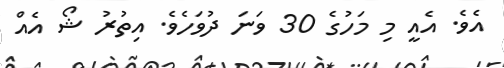
އެވެ. އެއީ މި މަހުގެ 30 ވަނަ ދުވަހެވެ. އިތުރު ޝޯ އެއް